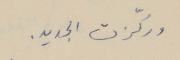
وركّزت الجديد.